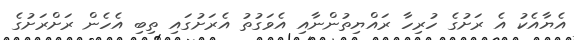
އެޔާއެކު އެ ރަށުގެ ހުރިހާ ރައްޔިތުންނާއި އެވަގުތު އެރަށުގައި ތިބި އެހެން ރަށްރަށުގެ